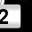
Digit: 2